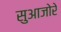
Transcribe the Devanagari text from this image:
सुआजोरे